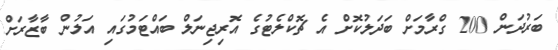
ބަރުދަން 200 ގްރާމަށް ބަދަލުކޮށް އެ ޗޮކްލެޓުގެ އޮރިޖިނަލް ބައްޓަމުގައި އަލުން ބާޒާރަށް